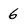
Character: 6